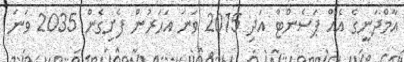
އާމްދަނީގެ އެއް ޕަސެންޓް އަދި 2015 ވަނަ އަހަރުން ފެށިގެން 2035 ވަނަ